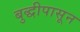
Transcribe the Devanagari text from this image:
बुद्धीपासून